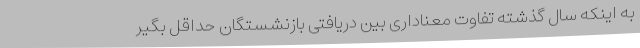
به اینکه سال گذشته تفاوت معناداری بین دریافتی بازنشستگان حداقل بگیر